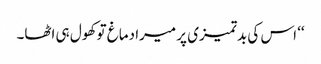
‘‘ اس کی بدتمیزی پر میرا دماغ تو کھول ہی اٹھا۔